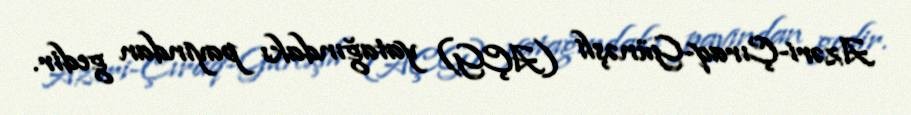
Azəri-Çıraq-Günəşli (AÇG) yatağındakı payından gedir.